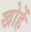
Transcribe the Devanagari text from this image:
खोहें